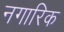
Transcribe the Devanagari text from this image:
नगारिक